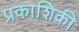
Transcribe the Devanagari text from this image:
प्रकाशिकी